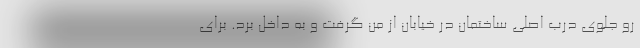
رو جلوی درب اصلی ساختمان در خیابان از من گرفت و به داخل برد. برای